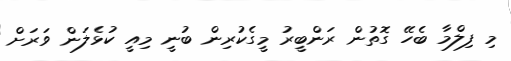
މި ފިލްމާ ބެހޭ ގޮތުން ރަންބީރު މީގެކުރިން ބުނީ މިއީ ކުޅެލަން ވަރަށް